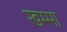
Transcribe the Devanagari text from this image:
खम्मा